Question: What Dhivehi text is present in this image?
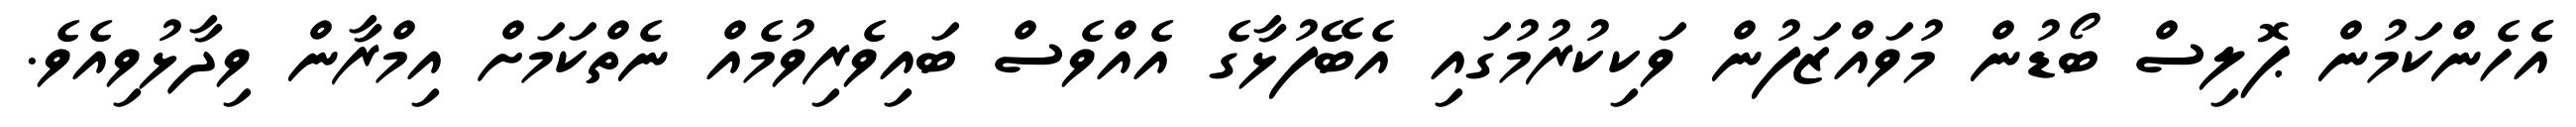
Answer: އެެހެންކަމުން ޕޮލިސް ބޯޑުން މުވައްޒަފުން ވަކިކުރުމުގައި އެބޭފުޅާގެ އެއްވެސް ބައިވެރިވުމެއް ނެތްކަމަށް އިމްރާން ވިދާޅުވިއެވެ.